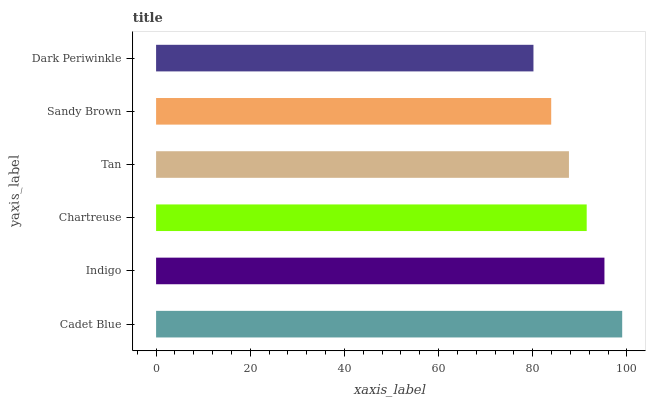
| yaxis_label | bars |
 | --- | --- |
 | Cadet Blue | 99 |
 | Indigo | 95.2 |
 | Chartreuse | 91.5 |
 | Tan | 87.7 |
 | Sandy Brown | 83.9 |
 | Dark Periwinkle | 80.2 |